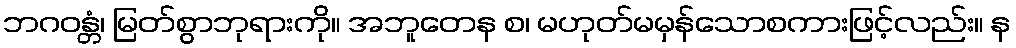
ဘဂဝန္တံ၊ မြတ်စွာဘုရားကို။ အဘူတေန စ၊ မဟုတ်မမှန်သောစကားဖြင့်လည်း။ န